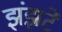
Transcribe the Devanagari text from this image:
झंझटें